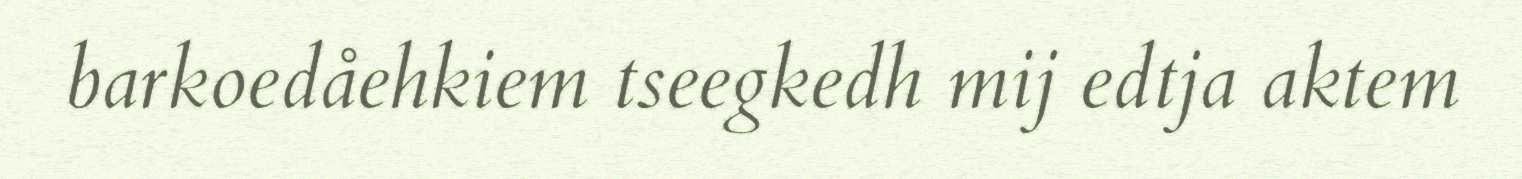
barkoedåehkiem tseegkedh mij edtja aktem